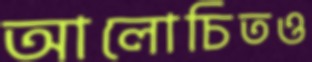
আলোচিতও